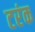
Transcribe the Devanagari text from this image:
टरंक